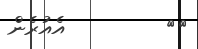
١٦         އެއުރެން